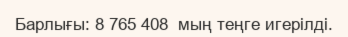
Барлығы: 8 765 408  мың теңге игерілді.